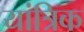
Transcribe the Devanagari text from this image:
यांत्रिक